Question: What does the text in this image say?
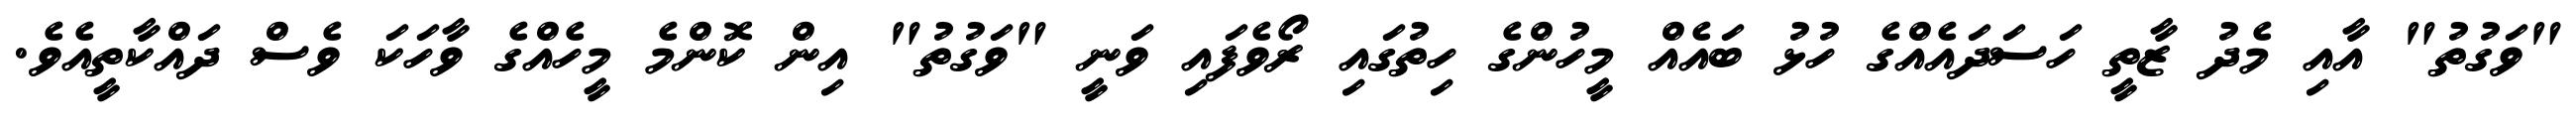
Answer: "ވަގުތު" އާއި މެދު ޒާތީ ހަސަދައެއްގެ ހުޅު ބައެއް މީހުންގެ ހިތުގައި ރޯވެފައި ވަނީ "ވަގުތު" އިން ކޮންމެ މީހެއްގެ ވާހަކަ ވެސް ދައްކާތީއެވެ.